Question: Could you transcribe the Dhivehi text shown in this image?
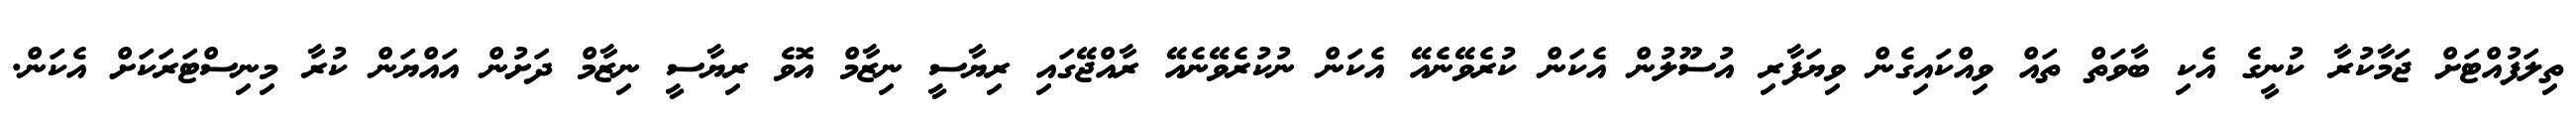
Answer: ތިލަފުއްޓަށް ޖަމާކުރާ ކުނީގެ އެކި ބާވަތް ތައް ވިއްކައިގެން ވިޔަފާރި އުސޫލުން އެކަން ކުރެވޭނެއޭ އެކަން ނުކުރެވޭނެއޭ ރާއްޖޭގައި ރިޔާސީ ނިޒާމް އޮވެ ރިޔާސީ ނިޒާމް ދަށުން އައްޔަން ކުރާ މިނިސްޓަރަކަށް އެކަން.